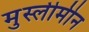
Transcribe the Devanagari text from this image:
मुस्लीमीन